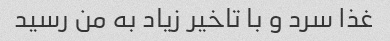
غذا سرد و با تاخیر زیاد به من رسید